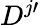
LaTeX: D^{j\prime}